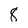
Character: 8